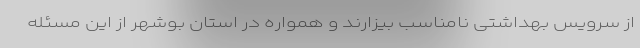
از سرویس بهداشتی نامناسب بیزارند و همواره در استان بوشهر از این مسئله